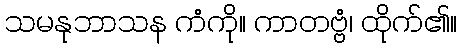
သမနုဘာသန ကံကို။ ကာတဗ္ဗံ၊ ထိုက်၏။